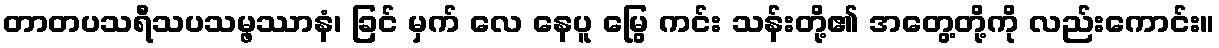
တာတပသရီသပသမ္ဖဿာနံ၊ ခြင် မှက် လေ နေပူ မြွေ ကင်း သန်းတို့၏ အတွေ့တို့ကို လည်းကောင်း။